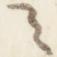
之